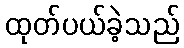
ထုတ်ပယ်ခဲ့သည်